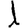
Digit: 1